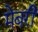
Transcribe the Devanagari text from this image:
मेबरी